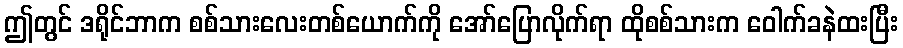
ဤတွင် ဒရိုင်ဘာက စစ်သားလေးတစ်ယောက်ကို အော်ပြောလိုက်ရာ ထိုစစ်သားက ဝေါက်ခနဲထးပြီး